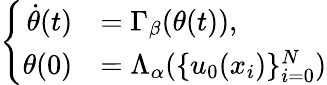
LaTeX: \left\{ \begin{array}{rl}{\dot{\theta}(t)}&{=\Gamma_{\beta}(\theta(t)),}\\ {\theta(0)}&{=\Lambda_{\alpha}(\{ u_{0}(x_{i})\} _{i=0}^{N})}\end{array}\right.